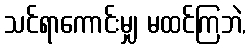
သင်ရာကောင်းမျှ မထင်ကြဘဲ,